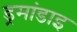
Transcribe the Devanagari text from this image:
ड्रमांडाइ